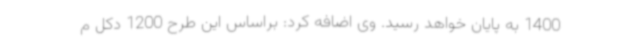
1400 به پایان خواهد رسید. وی اضافه کرد: براساس این طرح 1200 دکل م